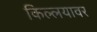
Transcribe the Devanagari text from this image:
किल्लयावर